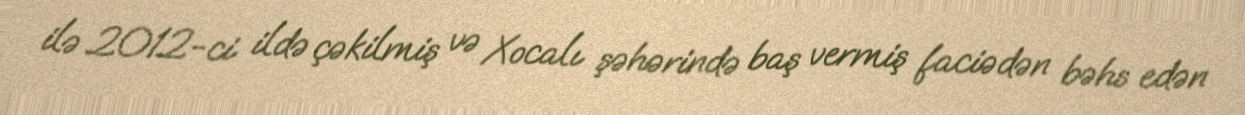
ilə 2012-ci ildə çəkilmiş və Xocalı şəhərində baş vermiş faciədən bəhs edən